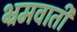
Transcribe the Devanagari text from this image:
भ्रमवाती